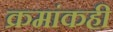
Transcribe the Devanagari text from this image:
क्रमांकही